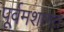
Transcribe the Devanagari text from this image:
पूर्वमशागत